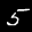
Label: 5